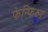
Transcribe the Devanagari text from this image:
फेन्फिक्ष्न